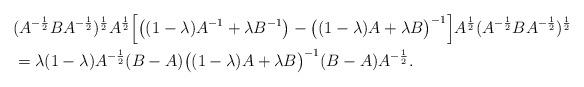
LaTeX: \begin{align*} &(A^{-\frac{1}{2}}BA^{-\frac{1}{2}})^{\frac{1}{2}}A^{\frac{1}{2}}\Big[\big((1-\lambda)A^{-1}+\lambda B^{-1}\big)-\big((1-\lambda)A+\lambda B\big)^{-1}\Big]A^{\frac{1}{2}}(A^{-\frac{1}{2}}BA^{-\frac{1}{2}})^{\frac{1}{2}}\\&=\lambda(1-\lambda)A^{-\frac{1}{2}}(B-A)\big((1-\lambda)A+\lambda B\big)^{-1}(B-A)A^{-\frac{1}{2}}.\end{align*}